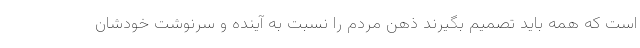
است که همه باید تصمیم بگیرند ذهن مردم را نسبت به آینده و سرنوشت خودشان